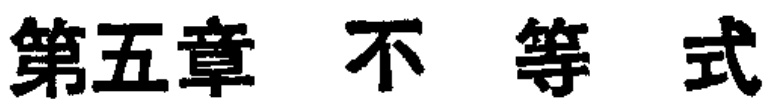
第五章 不等式